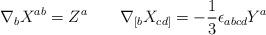
LaTeX: \begin{align*}\nabla_{b} X^{ab} = Z^{a} \qquad \nabla_{[b} X_{cd]} =-\frac{1}{3}\epsilon_{abcd}Y^a\end{align*}